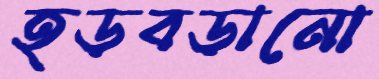
হড়বড়ানো